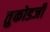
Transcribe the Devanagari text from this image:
तुकोडजी